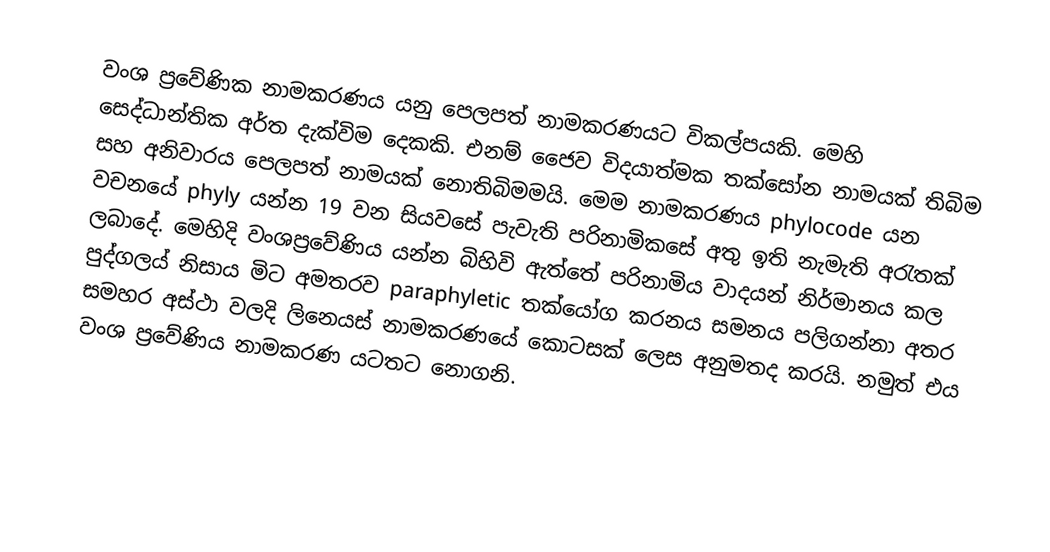
වංශ ප්‍රවේණික නාමකරණය යනු පෙලපත් නාමකරණයට විකල්පයකි. මෙහි සෙද්ධාන්තික අර්ත දැක්විම දෙකකි. එනම් ජෛව විදයාත්මක තක්සෝන නාමයක් තිබිම සහ අනිවාරය පෙලපත් නාමයක්  නොතිබිමමයි. මෙම නාමකරණය phylocode යන වචනයේ phyly යන්න 19 වන සියවසේ පැවැති පරිනාමිකසේ අතු ඉති නැමැති අරැතක් ලබාදේ. මෙහිදි වංශප්‍රවේණිය යන්න බිහිවි ඇත්තේ පරිනාමිය වාදයන් නිර්මානය ‍කල පුද්ගලය් නිසාය මිට අමතරව paraphyletic තක්යෝග කරනය සමනය පලිගන්නා අතර සමහර අස්ථා වලදි ලිනෙයස් නාමකරණයේ කොටසක් ලෙස අනුමතද කරයි. නමුත් එය වංශ ප්‍රවේණිය නාමකරණ යටතට නොගනි.